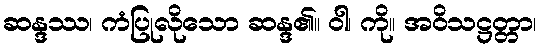
ဆန္ဒဿ၊ ကံပြုလိုသော ဆန္ဒ၏။ ဝါ၊ ကို။ အဝိသဋ္ဌတ္တာ၊